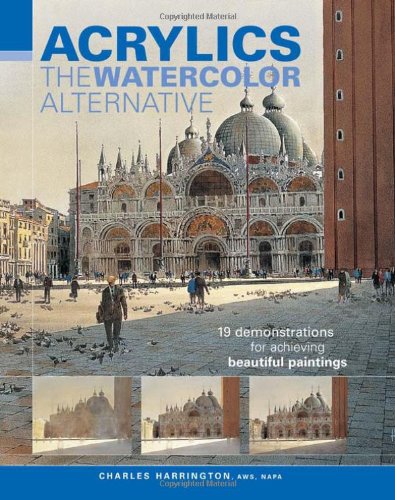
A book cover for Acrylics - The Watercolor Alternative; Charles Harrington; Arts & Photography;